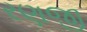
રણજી